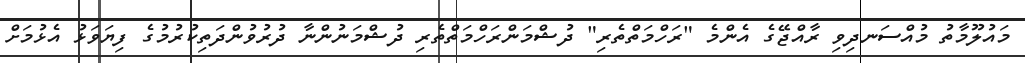
މައުލޫމާތު މުއްސަނދިވި ރާއްޖޭގެ އެންމެ "ރަހްމަތްތެރި" ދުޝްމަންރަހްމަތްތެރި ދުޝްމަނުންނާ ދުރުވުންދަަތިކުރުމުގެ ފިޔަވަޅު އެޅުމަށް